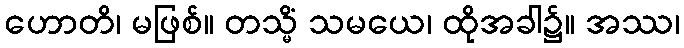
ဟောတိ၊ မဖြစ်။ တသ္မိံ သမယေ၊ ထိုအခါ၌။ အဿ၊